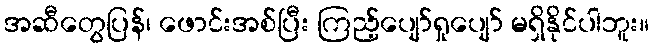
အဆီတွေပြန်၊ ဖောင်းအစ်ပြီး ကြည့်ပျော်ရှုပျော် မရှိနိုင်ပါဘူး။